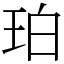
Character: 珀